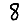
Digit: 8